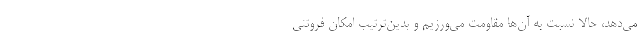
می‌دهد، حالا نسبت به آن‌ها مقاومت می‌ورزیم و بدین‌ترتیب امکان فروتنی